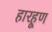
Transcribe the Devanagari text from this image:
हारहूण